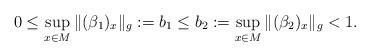
LaTeX: \begin{align*} 0\leq \sup_{x \in M}\|(\beta_1)_x\|_g :=b_1 \leq b_2 := \sup_{x\in M} \|(\beta_2)_x\|_g <1. \end{align*}